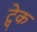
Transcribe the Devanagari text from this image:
ट्वेक